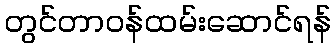
တွင်တာဝန်ထမ်းဆောင်ရန်